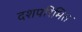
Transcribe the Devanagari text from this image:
दशपरिमित